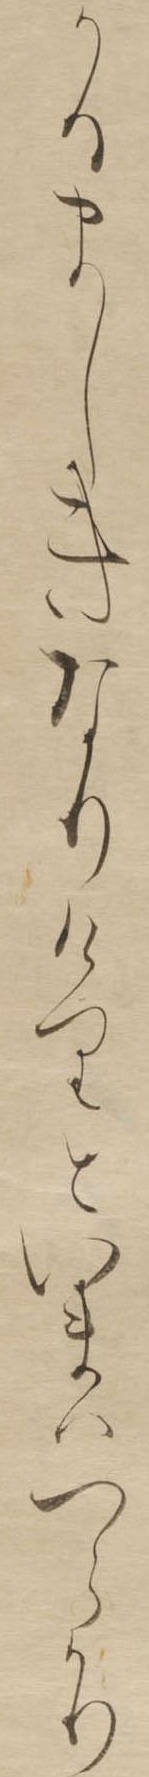
かるましきなりけりといまはつらかり